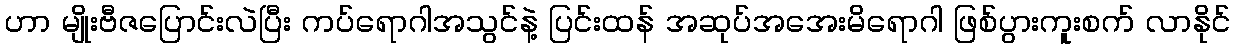
ဟာ မျိုးဗီဇပြောင်းလဲပြီး ကပ်ရောဂါအသွင်နဲ့ ပြင်းထန် အဆုပ်အအေးမိရောဂါ ဖြစ်ပွားကူးစက် လာနိုင်